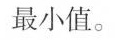
最小值。